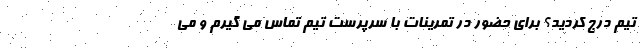
تیم درج کردید؟ برای حضور در تمرینات با سرپرست تیم تماس می گیرم و می